65_HS1-834228961_62-HQ-83894_Section_4
Agency: FBI
Page 39
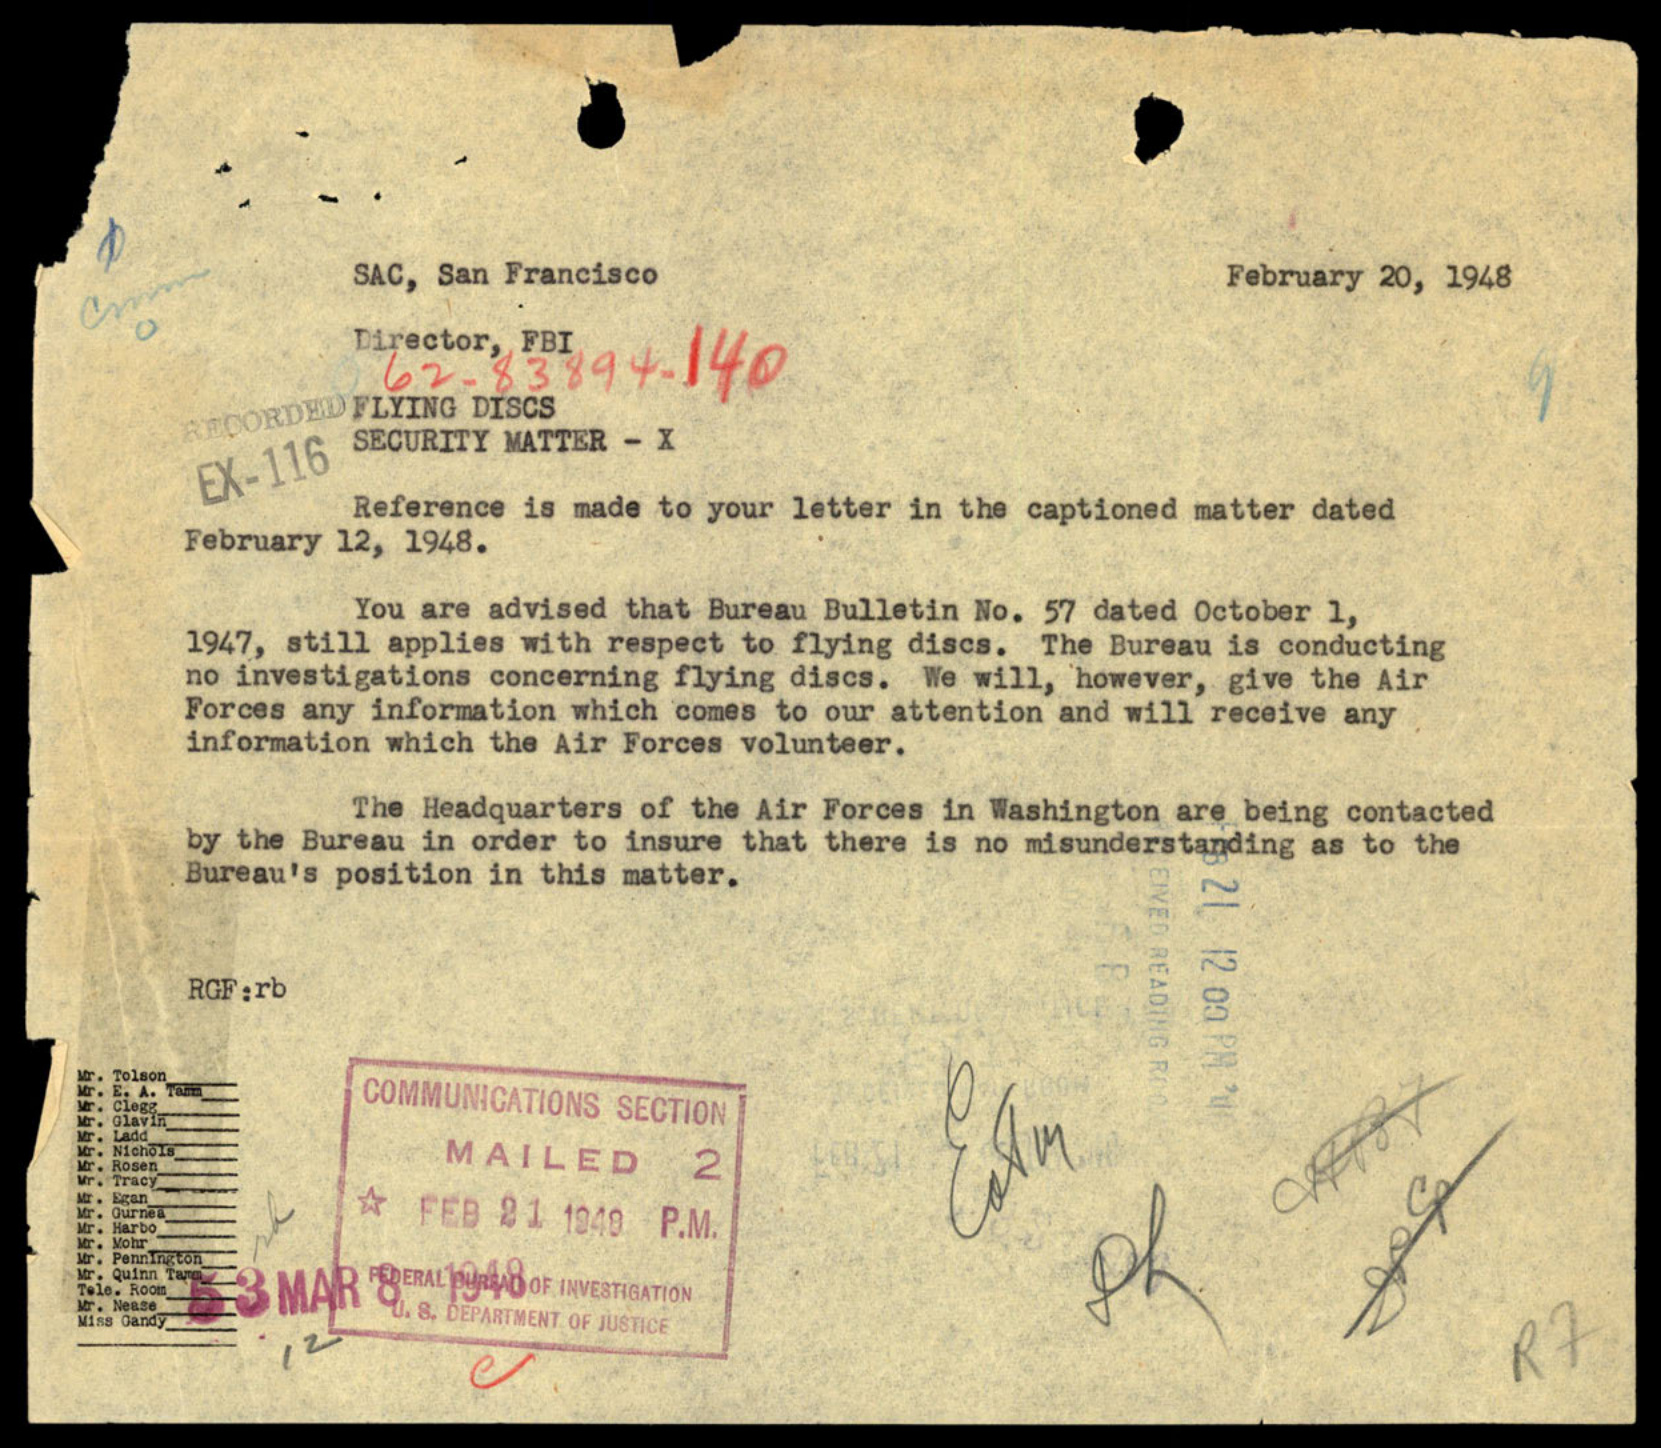